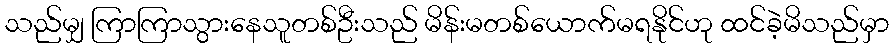
သည်မျှ ကြာကြာသွားနေသူတစ်ဦးသည် မိန်းမတစ်ယောက်မရနိုင်ဟု ထင်ခဲ့မိသည်မှာ